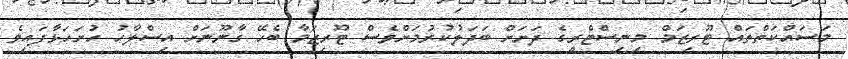
މަސައްކަތްތައް ޓޫރިޒަމް މިނިސްޓްރީގެ ދަށަށް ބަދަލުކުރުމަށްވެސް ޓޫރިޒަމާ ބެހޭ ގާނޫނަށް އިސްލާހު ހުށަހަޅާފައިވެ